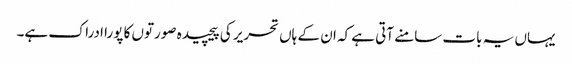
یہاں یہ بات سامنے آتی ہے کہ ان کے ہاں تحریر کی پیچیدہ صورتوں کا پورا ادراک ہے۔